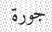
جورة